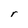
Character: r